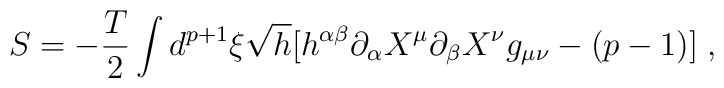
S = -\frac{T}{2} \int d^{p+1}\xi \sqrt{h} [h^{\alpha \beta}\partial_{\alpha} X^{\mu}\partial_{\beta}X^{\nu}g_{\mu \nu} - (p-1)]\;,